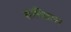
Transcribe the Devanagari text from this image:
शक्तीद्वारा